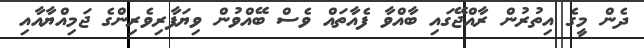
ދެން މީގެ އިތުރުން ރާއްޖޭގައި ބާއްވާ ފެއާތައް ވެސް ބޭއްވުން ވިޔަފާރިވެރިންގެ ޖަމިއްޔާއާއި